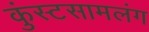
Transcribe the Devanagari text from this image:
कुंस्टसामलंग